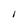
Character: I